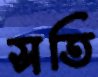
সতি